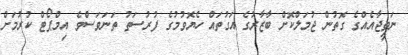
ނަތީޖާއެއްގެ ގޮތުން ޖުމަލްކޮށް ބާޒާރުގެ އަގުތައް ހެޔޮވުމުގެ ފުރުސަތު ތަނަވަސްވެ އިމްޕޯޓް ކުރުމަށް